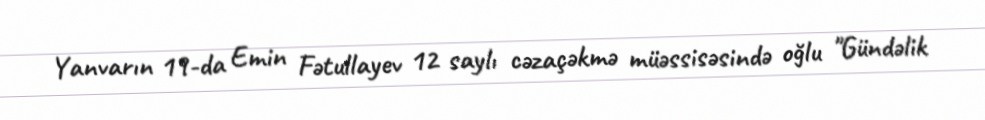
Yanvarın 19-da Emin Fətullayev 12 saylı cəzaçəkmə müəssisəsində oğlu "Gündəlik